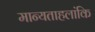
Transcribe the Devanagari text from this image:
मान्यताहलांकि